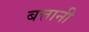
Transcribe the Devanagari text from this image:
बत्तानी